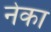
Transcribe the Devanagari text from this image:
नेका